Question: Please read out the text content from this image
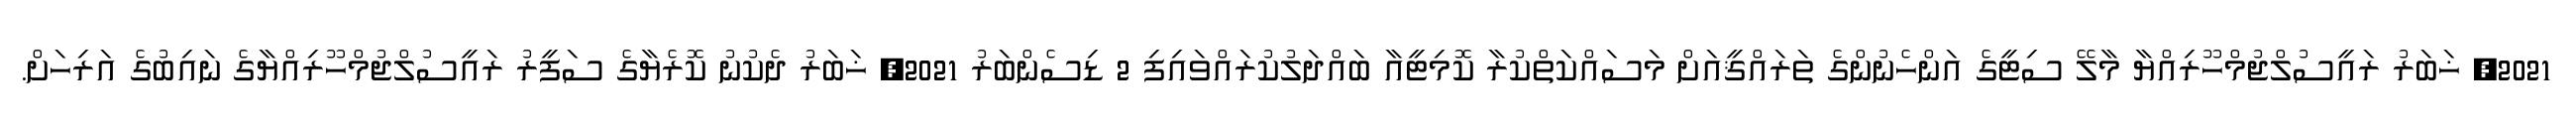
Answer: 2021, ޚަބަރު ރައީސުލްޖުމްހޫރިއްޔާ މާލޭ ސިޓީގެ އަންހެނުންގެ ތަރައްޤީއަށް މަސައްކަތްކުރާ ކޮމިޓީއާ ބައްދަލުކުރައްވައިފި 2 ޑިސެންބަރު 2021, ޚަބަރު ދެކުނު ކޮރެޔާގެ ސަފީރު ރައީސުލްޖުމްހޫރިއްޔާގެ ނައިބުގެ އަރިހަށް.